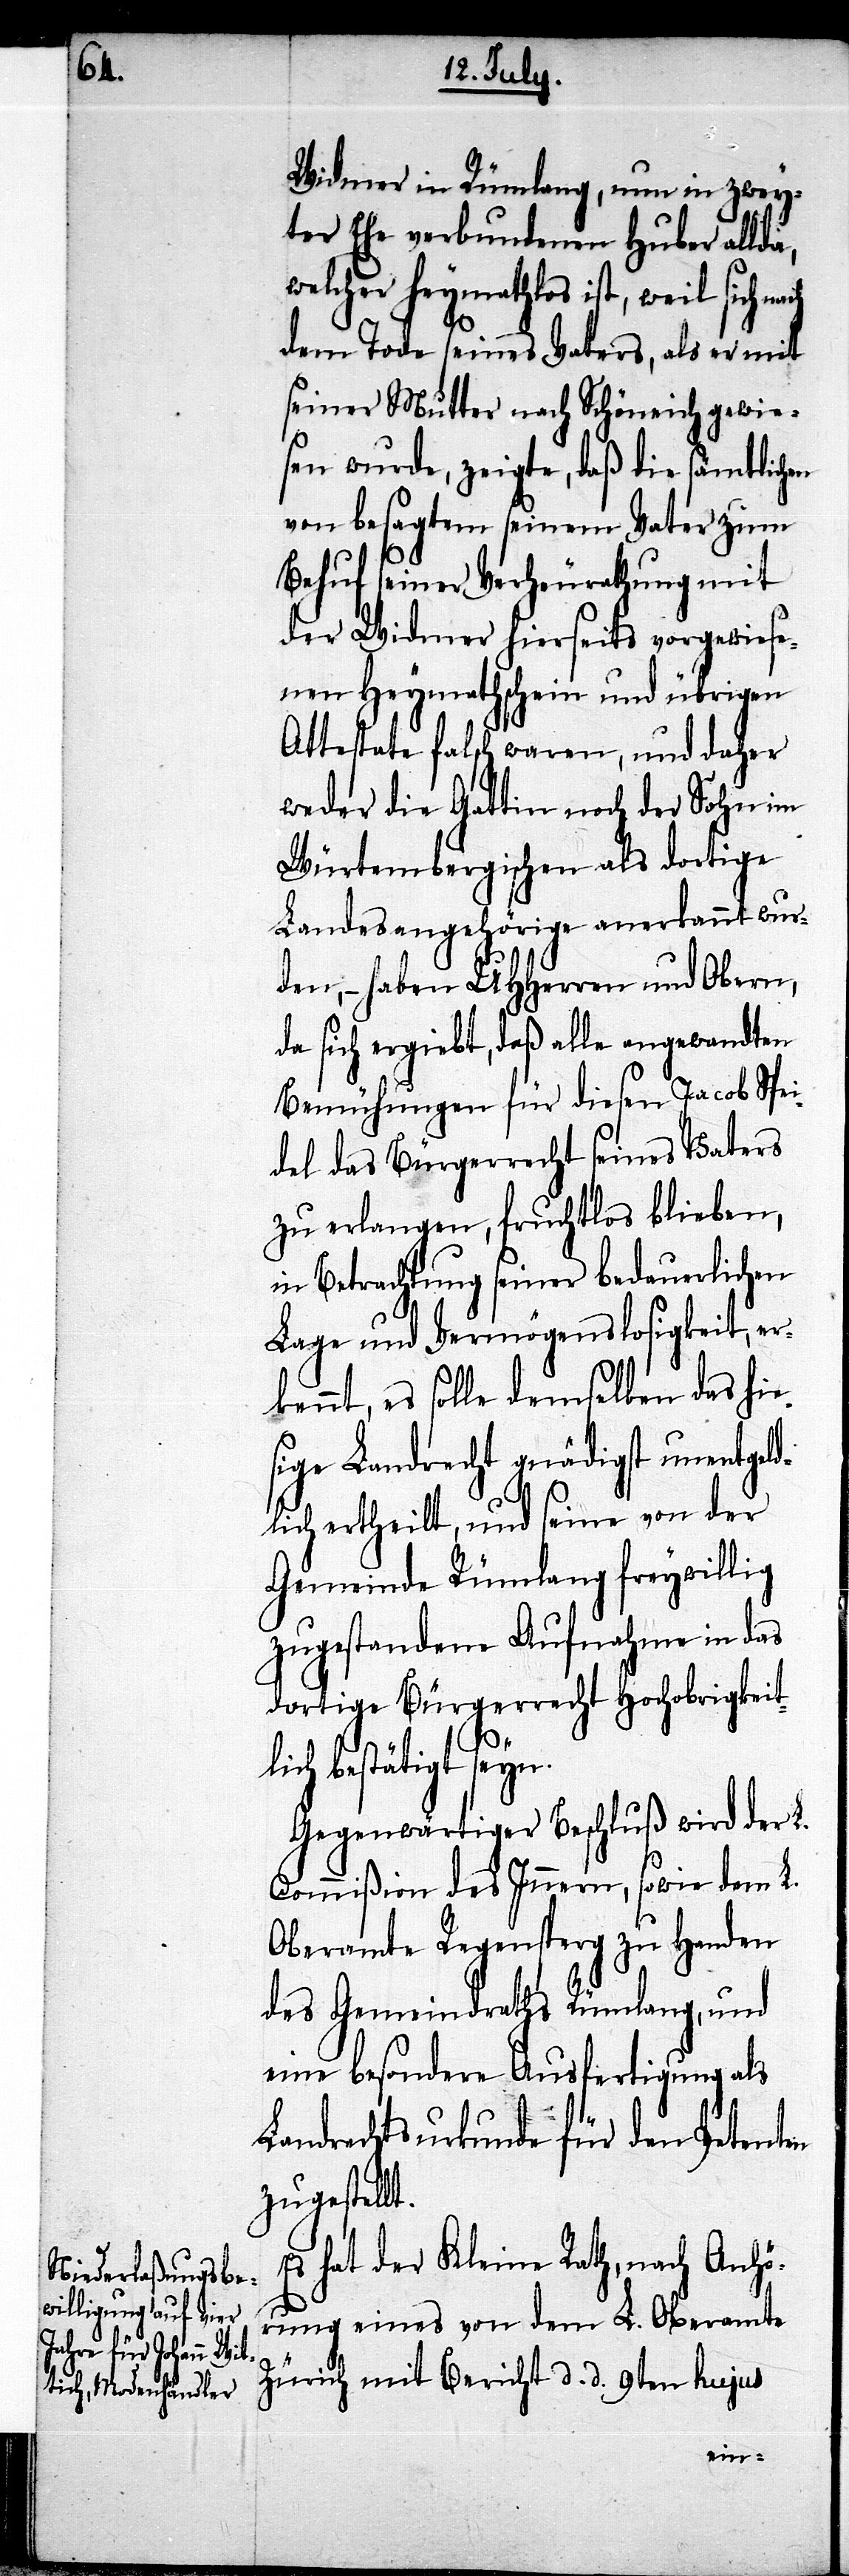
ach
Widmer in Rümlang, nun in zwey¬
ter Ehe verbundenen Huber allda,
welcher heymathlos ist, weil sich n¬
dem Tode seines Vaters, als er mit
seiner Mutter nach Schöneich gewie¬
sen wurde, zeigte, daß die sämtlichen
von besagtem seinem Vater zum
Behuf seiner Verheurathung mit
der Widmer hierseits vorgewiese¬
nen Heymathschein und übrigen
Attestate falsch waren, und daher
weder die Gattin noch der Sohn im
Würtembergischen als dortige
Landesangehörige anerkannt wur¬
den, – haben UHHerren und Obern,
da sich ergiebt, daß alle angewandten
Bemühungen für diesen Jacob Spei¬
del das Bürgerrecht seines Vaters
zu erlangen, fruchtlos blieben,
in Betrachtung seiner bedauerlichen
Lage und Vermögenslosigkeit, er¬
kennt, es solle demselben das hie¬
sige Landrecht gnädigst unentgeld¬
lich ertheilt, und seine von der
Gemeinde Rümlang freywillig
zugestandene Aufnahme in das
dortige Bürgerrecht Hochobrigkeit¬
lich bestätigt seyn.
Gegenwärtiger Beschluß wird der L.
Commißion des Innern, sowie dem L.
Oberamte Regensperg zu Handen
des Gemeindraths Rümlang, und
eine besondere Ausfertigung als
Landrechtsurkunde für den Petenten
zugestellt.
hat der Kleine Rath, nach Anhö¬
rung eines von dem L. Oberamte
Zürich mit Bericht d. d. 9ten hujus